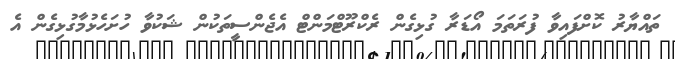
ތައްޔާރު ކޮށްފައިވާ ފުރަތަމަ އޯޑަރާ ގުޅިގެން ރެކްރޫޓްމަންޓް އެޖެންސީތަކުން ޝަކުވާ ހުށަހެޅުމާގުޅިގެން އެ